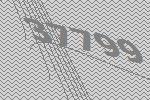
37799